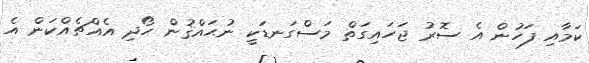
ކަމާއި ފަހުން އެ ސޮރު ޖަހައިގަތް މަސްގަނޑަކީ ނުޙައްޤުން ހޯދި އެއްޗެއްކަން އެ